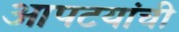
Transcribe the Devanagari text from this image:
आपटयांची